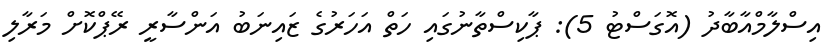
އިސްލާމްއާބާދު (އޮގަސްޓު 5): ޕާކިސްތާނުގައި ހަތް އަހަރުގެ ޒައިނަބު އަންސާރީ ރޭޕްކޮށް މަރާލި